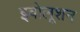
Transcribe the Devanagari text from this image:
इवोलूशन